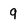
Character: 9